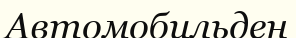
Автомобильден